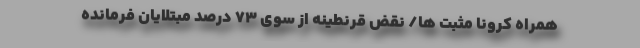
همراه کرونا مثبت ها/ نقض قرنطینه از سوی ۷۳ درصد مبتلایان فرمانده